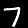
Label: 7